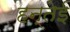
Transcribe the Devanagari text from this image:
हन्तेई